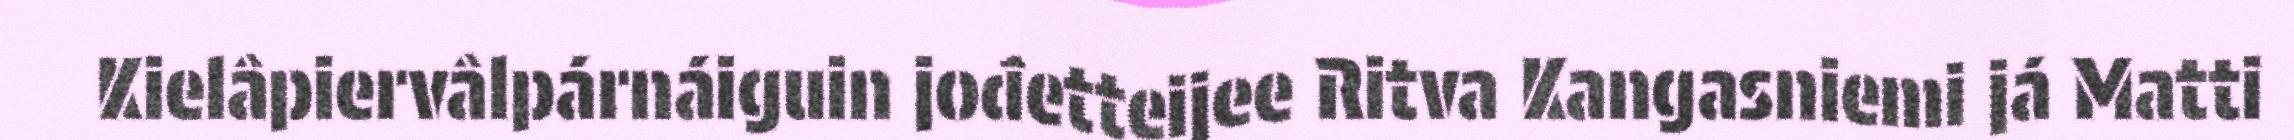
Kielâpiervâlpárnáiguin jođetteijee Ritva Kangasniemi já Matti